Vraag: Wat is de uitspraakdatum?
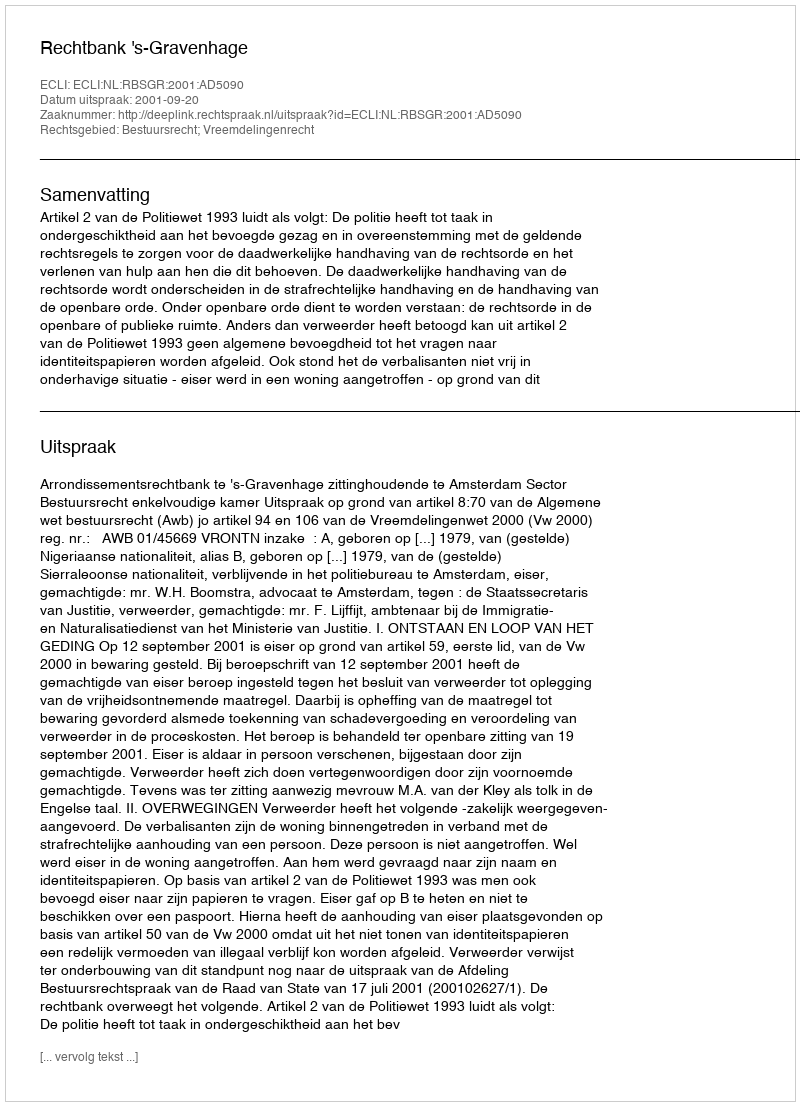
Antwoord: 2001-09-20